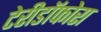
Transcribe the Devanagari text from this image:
टेरीडॉफोरा